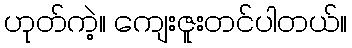
ဟုတ်ကဲ့။ ကျေးဇူးတင်ပါတယ်။